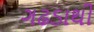
ગઢડાથી